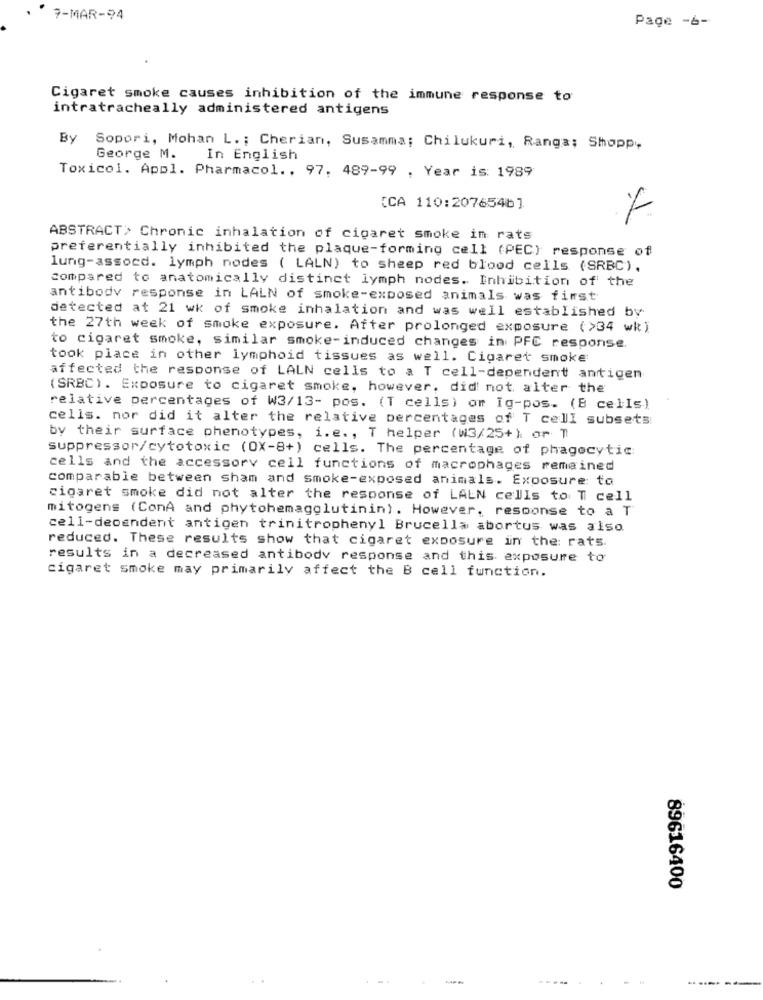
7-MAR-94
Page -6-
Cigaret smoke causes inhibition of the immune response to
intratracheally administered antigens
By
Sopori, Mohan L .; Cherian, Susamma; Chilukuri, Ranga; Shopp,
George M. In English
Toxicol. Appl. Pharmacol ., 97, 489-99 , Year is: 1989
[CA 110:207654b]
ABSTRACT> Chronic inhalation of cigaret smoke in rats
preferentially inhibited the plaque-forming cell (PEC) response of
lung-assocd. lymph nodes ( LALN) to sheep red blood cells (SRBC).
compared to anatomically distinct lymph nodes. Inhibition of the
antibody response in LALN of smoke-exposed animals was first
detected at 21 wk of smoke inhalation and was well established by
the 27th week of smoke exposure. After prolonged exposure (>34 wk)
to cigaret smoke, similar smoke-induced changes in PFC response.
took place in other lymphoid tissues as well. Cigaret smoke:
affected the response of LALN cells to a T cell-dependent antigen
(SRBC). Exposure to cigaret smoke, however, did not alter the
relative percentages of W3/13- pos. (T cells) om Ig-pos. (B cells)
cells. nor did it alter the relative percentages of T cell subsets
by their surface phenotypes, i.e ., T helper (W3/25+) or T
suppressor/cytotoxic (OX-8+) cells. The percentage of phagocytic
cells and the accessorv cell functions of macrophages remained
comparable between sham and smoke-exposed animals. Exposure to
cigaret smoke did not alter the response of LALN cells to T cell
mitogens (ConA and phytohemagglutinin) . However, response to a T
cell-dependent antigen trinitrophenyl Brucella abortus was also
reduced. These results show that cigaret exposure in the: rats.
results in a decreased antibody response and this exposure to
cigaret smoke may primarily affect the B cell function.
89616400
----
-----